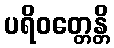
ပရိဝတ္တေန္တိ